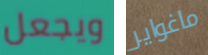
ويجعل ماغواير